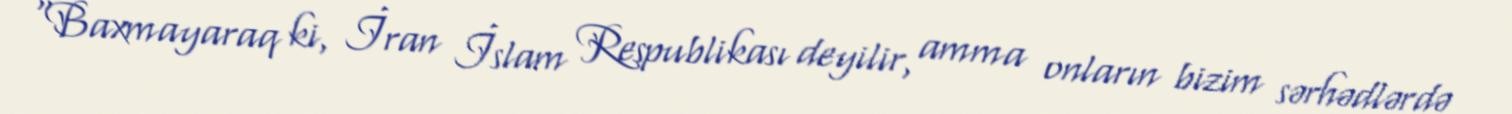
“Baxmayaraq ki, İran İslam Respublikası deyilir, amma onların bizim sərhədlərdə